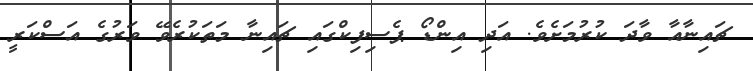
ޗައިނާއާ ވާދަ ކުރުމަށެވެ. އަދި އިންޑޯ ޕެސިފިކްގައި ޗައިނާ މަތަކުރެވޭ ވަރުގެ އަސްކަރީ